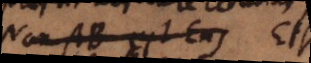
Non AB est Ens Etsi